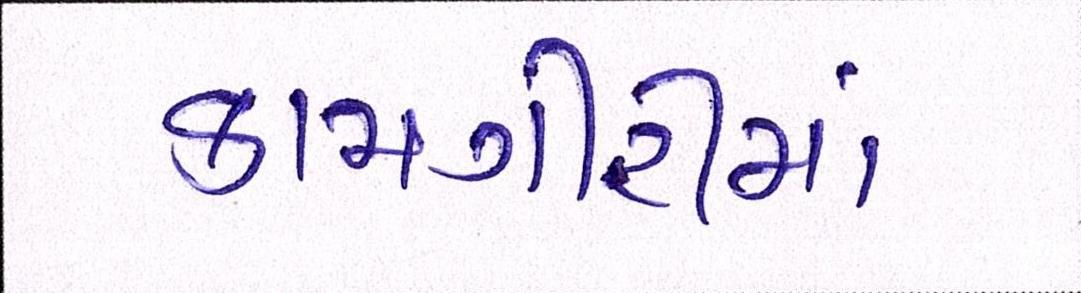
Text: કામગીરીમાં